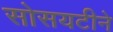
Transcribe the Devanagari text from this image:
सोसयटीने